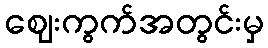
ဈေးကွက်အတွင်းမှ